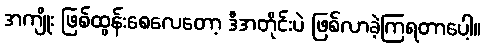
အကျိုး ဖြစ်ထွန်းစေလေတော့ ဒီအတိုင်းပဲ ဖြစ်လာခဲ့ကြရတာပေါ့။